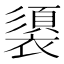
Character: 𮖶